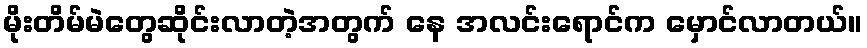
မိုးတိမ်မဲတွေဆိုင်းလာတဲ့အတွက် နေ အလင်းရောင်က မှောင်လာတယ်။